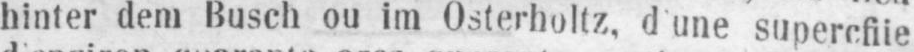
hinter dem Busch ou im Osterholtz, d’une supercfiie